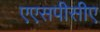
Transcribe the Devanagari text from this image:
एएसपीसीए